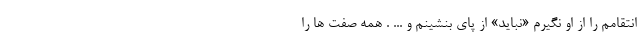
انتقامم را از او نگیرم «نباید» از پای بنشینم و ... . همه صفت ها را